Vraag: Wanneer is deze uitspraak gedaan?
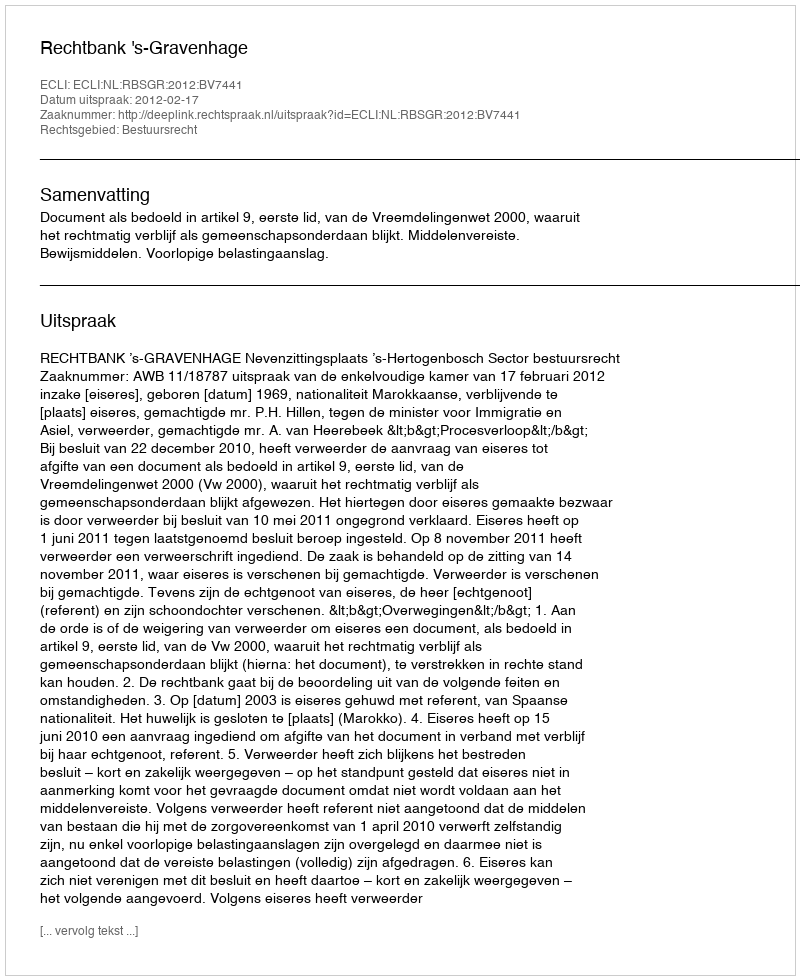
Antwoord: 2012-02-17